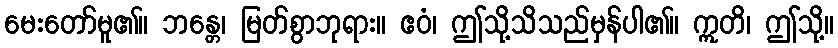
မေးတော်မူ၏။ ဘန္တေ၊ မြတ်စွာဘုရား။ ဧဝံ၊ ဤသို့သိသည်မှန်ပါ၏။ ဣတိ၊ ဤသို့။